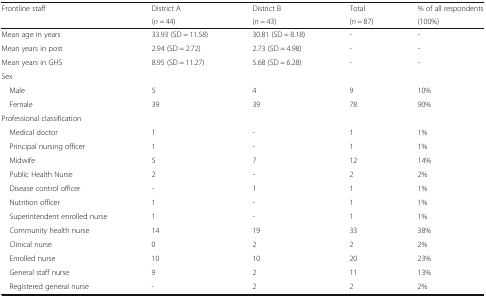
<table><thead><tr><td rowspan="2"><b>Frontline staff</b></td><td><b>District A</b></td><td><b>District B</b></td><td><b>Total</b></td><td><b>% of all respondents</b></td></tr><tr><td><b>(<i>n</i> = 44)</b></td><td><b>(<i>n</i> = 43)</b></td><td><b>(<i>n</i> = 87)</b></td><td><b>(100%)</b></td></tr></thead><tbody><tr><td>Mean age in years</td><td>33.93 (SD = 11.58)</td><td>30.81 (SD = 8.18)</td><td>-</td><td>-</td></tr><tr><td>Mean years in post</td><td>2.94 (SD = 2.72)</td><td>2.73 (SD = 4.98)</td><td>-</td><td>-</td></tr><tr><td>Mean years in GHS</td><td>8.95 (SD = 11.27)</td><td>5.68 (SD = 6.28)</td><td>-</td><td>-</td></tr><tr><td colspan="5">Sex</td></tr><tr><td> Male</td><td>5</td><td>4</td><td>9</td><td>10%</td></tr><tr><td> Female</td><td>39</td><td>39</td><td>78</td><td>90%</td></tr><tr><td colspan="5">Professional classification</td></tr><tr><td> Medical doctor</td><td>1</td><td>-</td><td>1</td><td>1%</td></tr><tr><td> Principal nursing officer</td><td>1</td><td>-</td><td>1</td><td>1%</td></tr><tr><td> Midwife</td><td>5</td><td>7</td><td>12</td><td>14%</td></tr><tr><td> Public Health Nurse</td><td>2</td><td>-</td><td>2</td><td>2%</td></tr><tr><td> Disease control officer</td><td>-</td><td>1</td><td>1</td><td>1%</td></tr><tr><td> Nutrition officer</td><td>1</td><td>-</td><td>1</td><td>1%</td></tr><tr><td> Superintendent enrolled nurse</td><td>1</td><td>-</td><td>1</td><td>1%</td></tr><tr><td> Community health nurse</td><td>14</td><td>19</td><td>33</td><td>38%</td></tr><tr><td> Clinical nurse</td><td>0</td><td>2</td><td>2</td><td>2%</td></tr><tr><td> Enrolled nurse</td><td>10</td><td>10</td><td>20</td><td>23%</td></tr><tr><td> General staff nurse</td><td>9</td><td>2</td><td>11</td><td>13%</td></tr><tr><td> Registered general nurse</td><td>-</td><td>2</td><td>2</td><td>2%</td></tr></tbody></table>